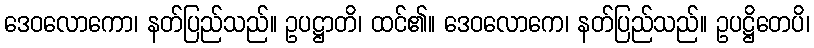
ဒေဝလောကော၊ နတ်ပြည်သည်။ ဥပဋ္ဌာတိ၊ ထင်၏။ ဒေဝလောကေ၊ နတ်ပြည်သည်။ ဥပဋ္ဌိတေပိ၊